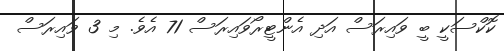
ކޮކްސަކީ ބީ ވައިރަސް އަދި އެންޓީރޯވައިރަސް 71 އެވެ. މި 3 ވައިރަސް